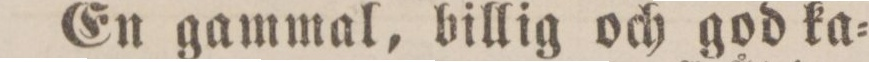
En gammal, billig och god ka=